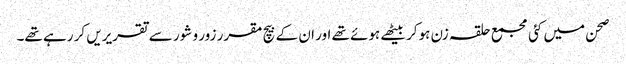
صحن میں کئی مجمع حلقہ زن ہوکر بیٹھے ہوئے تھے اور ان کے بیچ مقرر زور و شور سے تقریریں کر رہے تھے۔